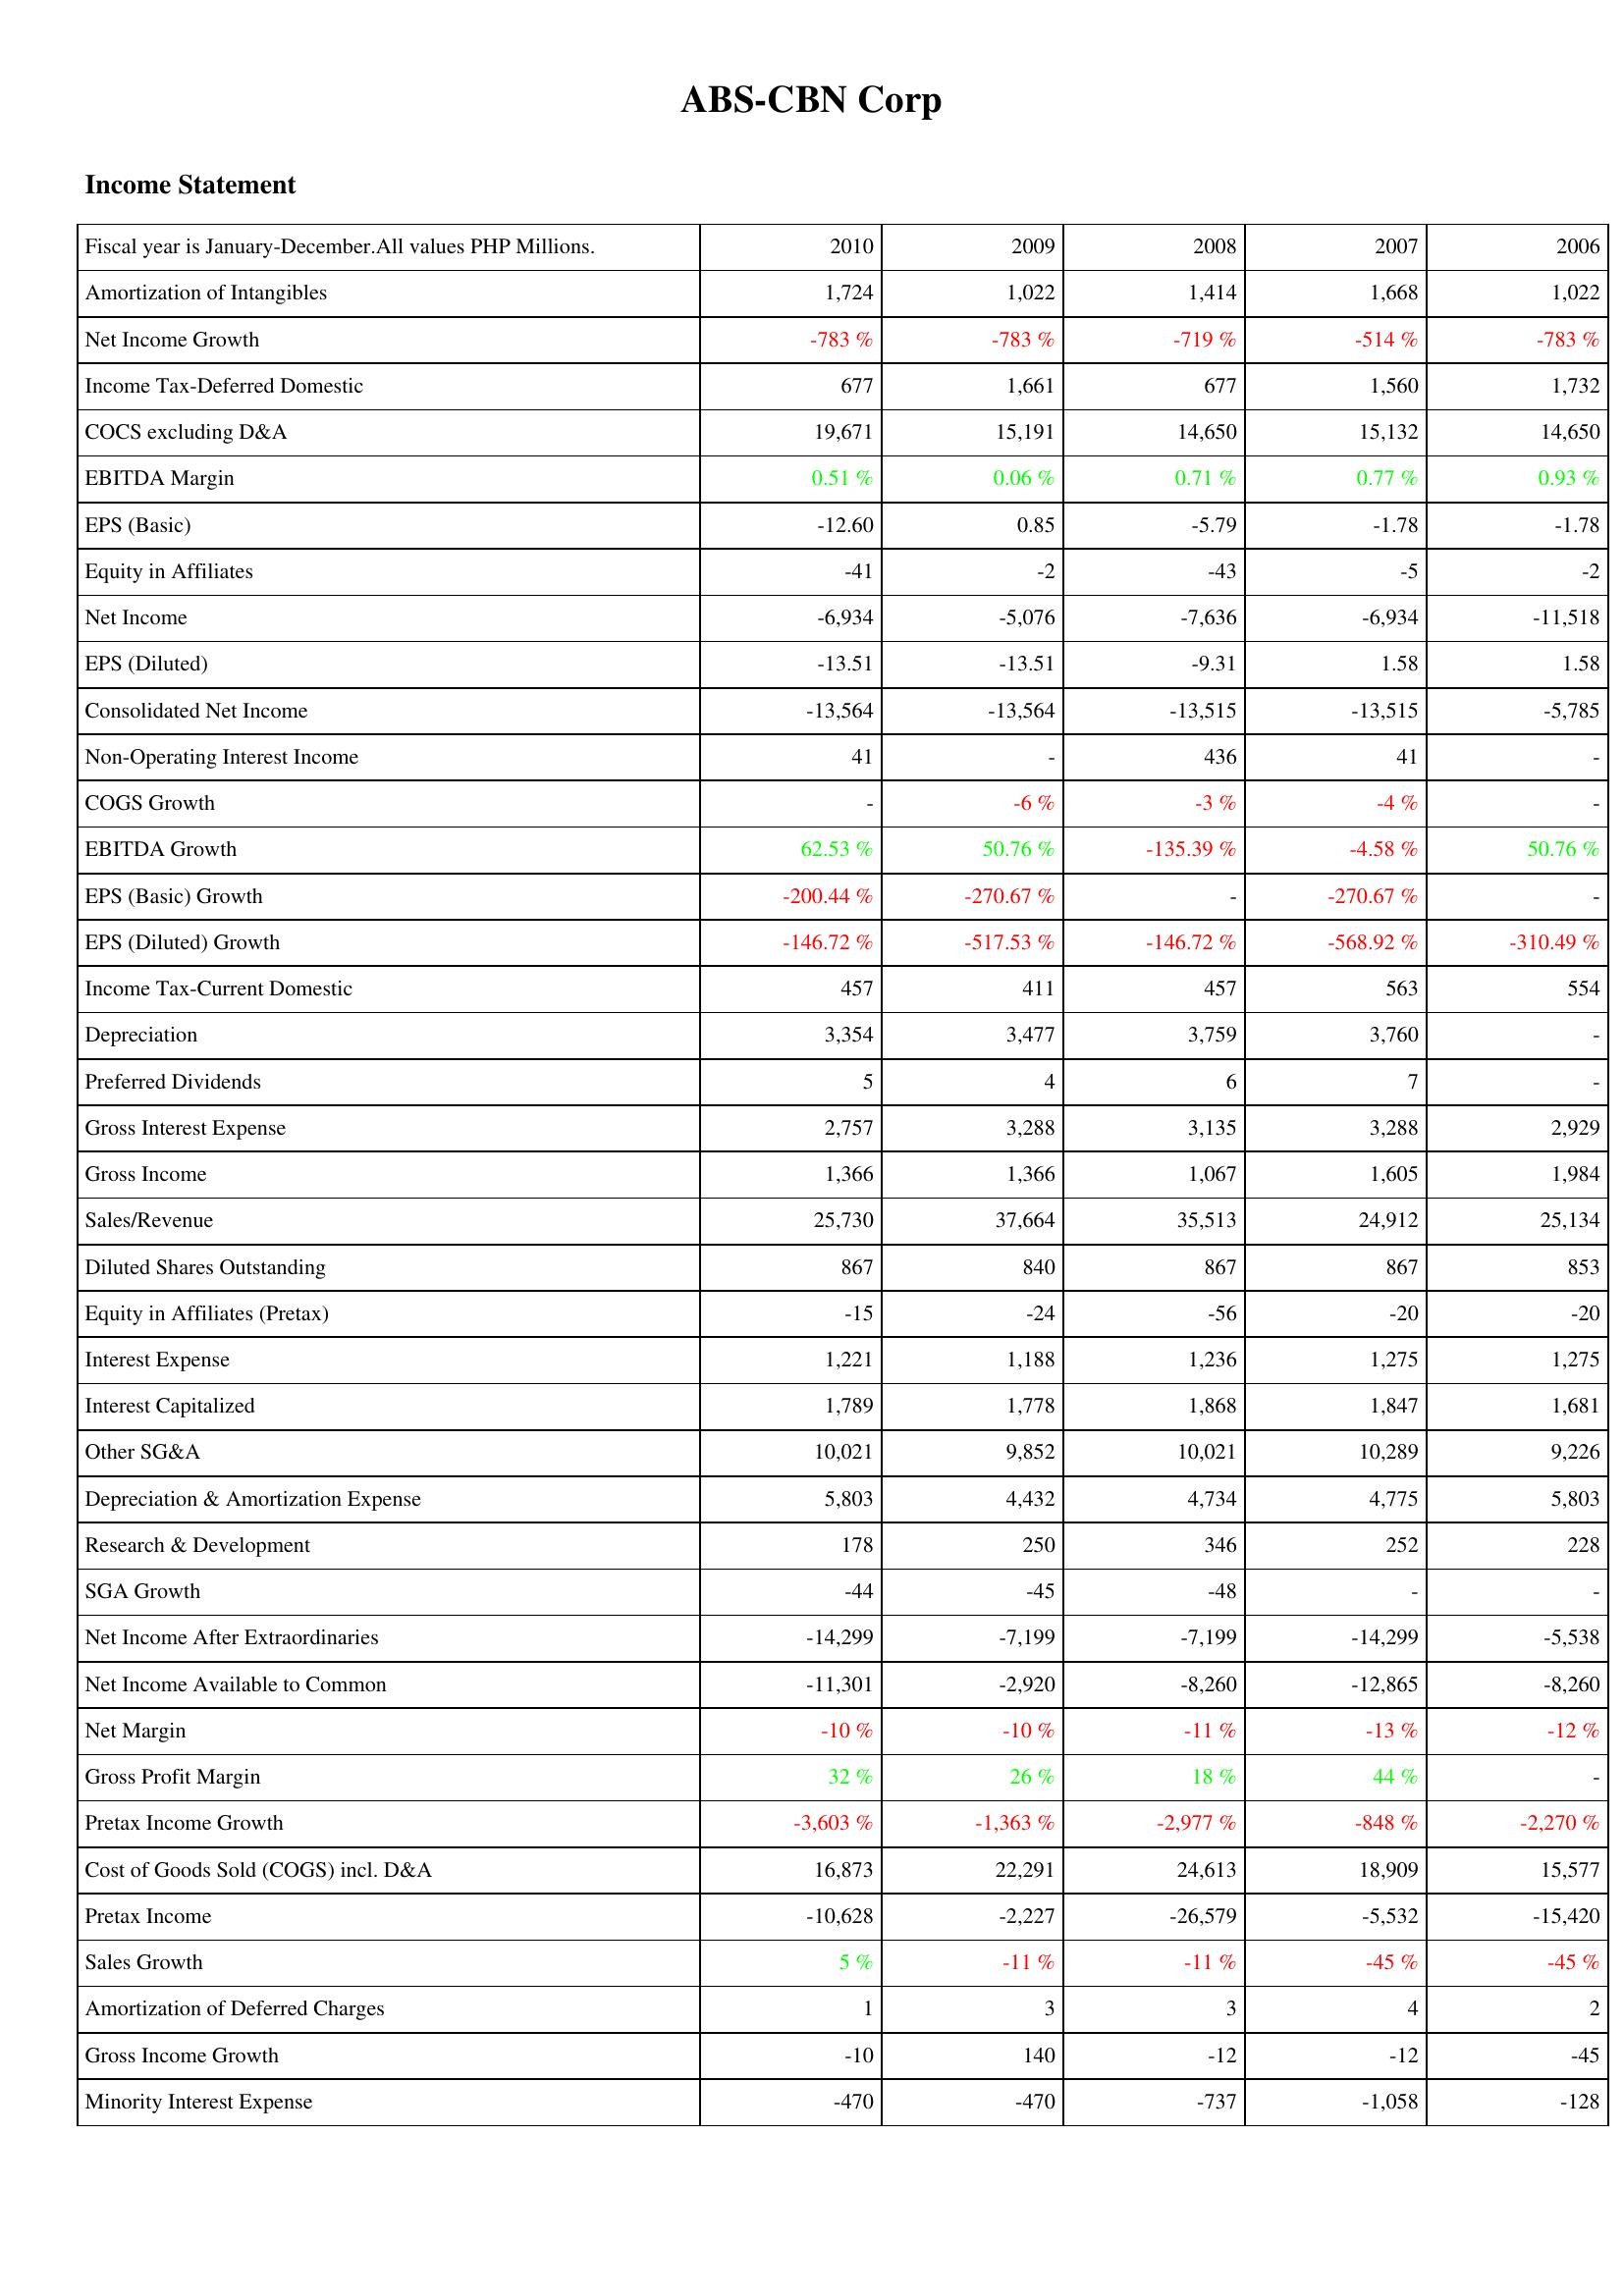
2010: Income Statement: Amortization of Intangibles: 1,724
Net Income Growth: -783 %
Income Tax-Deferred Domestic: 677
COCS excluding D&A: 19,671
EBITDA Margin: 0.51 %
EPS (Basic): -12.60
Equity in Affiliates: -41
Net Income: -6,934
EPS (Diluted): -13.51
Consolidated Net Income: -13,564
Non-Operating Interest Income: 41
COGS Growth: -
EBITDA Growth: 62.53 %
EPS (Basic) Growth: -200.44 %
EPS (Diluted) Growth: -146.72 %
Income Tax-Current Domestic: 457
Depreciation: 3,354
Preferred Dividends: 5
Gross Interest Expense: 2,757
Gross Income: 1,366
Sales/Revenue: 25,730
Diluted Shares Outstanding: 867
Equity in Affiliates (Pretax): -15
Interest Expense: 1,221
Interest Capitalized: 1,789
Other SG&A: 10,021
Depreciation & Amortization Expense: 5,803
Research & Development: 178
SGA Growth: -44
Net Income After Extraordinaries: -14,299
Net Income Available to Common: -11,301
Net Margin: -10 %
Gross Profit Margin: 32 %
Pretax Income Growth: -3,603 %
Cost of Goods Sold (COGS) incl. D&A: 16,873
Pretax Income: -10,628
Sales Growth: 5 %
Amortization of Deferred Charges: 1
Gross Income Growth: -10
Minority Interest Expense: -470
2009: Income Statement: Amortization of Intangibles: 1,022
Net Income Growth: -783 %
Income Tax-Deferred Domestic: 1,661
COCS excluding D&A: 15,191
EBITDA Margin: 0.06 %
EPS (Basic): 0.85
Equity in Affiliates: -2
Net Income: -5,076
EPS (Diluted): -13.51
Consolidated Net Income: -13,564
Non-Operating Interest Income: -
COGS Growth: -6 %
EBITDA Growth: 50.76 %
EPS (Basic) Growth: -270.67 %
EPS (Diluted) Growth: -517.53 %
Income Tax-Current Domestic: 411
Depreciation: 3,477
Preferred Dividends: 4
Gross Interest Expense: 3,288
Gross Income: 1,366
Sales/Revenue: 37,664
Diluted Shares Outstanding: 840
Equity in Affiliates (Pretax): -24
Interest Expense: 1,188
Interest Capitalized: 1,778
Other SG&A: 9,852
Depreciation & Amortization Expense: 4,432
Research & Development: 250
SGA Growth: -45
Net Income After Extraordinaries: -7,199
Net Income Available to Common: -2,920
Net Margin: -10 %
Gross Profit Margin: 26 %
Pretax Income Growth: -1,363 %
Cost of Goods Sold (COGS) incl. D&A: 22,291
Pretax Income: -2,227
Sales Growth: -11 %
Amortization of Deferred Charges: 3
Gross Income Growth: 140
Minority Interest Expense: -470
2008: Income Statement: Amortization of Intangibles: 1,414
Net Income Growth: -719 %
Income Tax-Deferred Domestic: 677
COCS excluding D&A: 14,650
EBITDA Margin: 0.71 %
EPS (Basic): -5.79
Equity in Affiliates: -43
Net Income: -7,636
EPS (Diluted): -9.31
Consolidated Net Income: -13,515
Non-Operating Interest Income: 436
COGS Growth: -3 %
EBITDA Growth: -135.39 %
EPS (Basic) Growth: -
EPS (Diluted) Growth: -146.72 %
Income Tax-Current Domestic: 457
Depreciation: 3,759
Preferred Dividends: 6
Gross Interest Expense: 3,135
Gross Income: 1,067
Sales/Revenue: 35,513
Diluted Shares Outstanding: 867
Equity in Affiliates (Pretax): -56
Interest Expense: 1,236
Interest Capitalized: 1,868
Other SG&A: 10,021
Depreciation & Amortization Expense: 4,734
Research & Development: 346
SGA Growth: -48
Net Income After Extraordinaries: -7,199
Net Income Available to Common: -8,260
Net Margin: -11 %
Gross Profit Margin: 18 %
Pretax Income Growth: -2,977 %
Cost of Goods Sold (COGS) incl. D&A: 24,613
Pretax Income: -26,579
Sales Growth: -11 %
Amortization of Deferred Charges: 3
Gross Income Growth: -12
Minority Interest Expense: -737
2007: Income Statement: Amortization of Intangibles: 1,668
Net Income Growth: -514 %
Income Tax-Deferred Domestic: 1,560
COCS excluding D&A: 15,132
EBITDA Margin: 0.77 %
EPS (Basic): -1.78
Equity in Affiliates: -5
Net Income: -6,934
EPS (Diluted): 1.58
Consolidated Net Income: -13,515
Non-Operating Interest Income: 41
COGS Growth: -4 %
EBITDA Growth: -4.58 %
EPS (Basic) Growth: -270.67 %
EPS (Diluted) Growth: -568.92 %
Income Tax-Current Domestic: 563
Depreciation: 3,760
Preferred Dividends: 7
Gross Interest Expense: 3,288
Gross Income: 1,605
Sales/Revenue: 24,912
Diluted Shares Outstanding: 867
Equity in Affiliates (Pretax): -20
Interest Expense: 1,275
Interest Capitalized: 1,847
Other SG&A: 10,289
Depreciation & Amortization Expense: 4,775
Research & Development: 252
SGA Growth: -
Net Income After Extraordinaries: -14,299
Net Income Available to Common: -12,865
Net Margin: -13 %
Gross Profit Margin: 44 %
Pretax Income Growth: -848 %
Cost of Goods Sold (COGS) incl. D&A: 18,909
Pretax Income: -5,532
Sales Growth: -45 %
Amortization of Deferred Charges: 4
Gross Income Growth: -12
Minority Interest Expense: -1,058
2006: Income Statement: Amortization of Intangibles: 1,022
Net Income Growth: -783 %
Income Tax-Deferred Domestic: 1,732
COCS excluding D&A: 14,650
EBITDA Margin: 0.93 %
EPS (Basic): -1.78
Equity in Affiliates: -2
Net Income: -11,518
EPS (Diluted): 1.58
Consolidated Net Income: -5,785
Non-Operating Interest Income: -
COGS Growth: -
EBITDA Growth: 50.76 %
EPS (Basic) Growth: -
EPS (Diluted) Growth: -310.49 %
Income Tax-Current Domestic: 554
Depreciation: -
Preferred Dividends: -
Gross Interest Expense: 2,929
Gross Income: 1,984
Sales/Revenue: 25,134
Diluted Shares Outstanding: 853
Equity in Affiliates (Pretax): -20
Interest Expense: 1,275
Interest Capitalized: 1,681
Other SG&A: 9,226
Depreciation & Amortization Expense: 5,803
Research & Development: 228
SGA Growth: -
Net Income After Extraordinaries: -5,538
Net Income Available to Common: -8,260
Net Margin: -12 %
Gross Profit Margin: -
Pretax Income Growth: -2,270 %
Cost of Goods Sold (COGS) incl. D&A: 15,577
Pretax Income: -15,420
Sales Growth: -45 %
Amortization of Deferred Charges: 2
Gross Income Growth: -45
Minority Interest Expense: -128